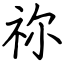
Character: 祢